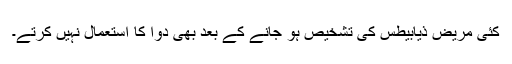
کئی مریض ذیابیطس کی تشخیص ہو جانے کے بعد بھی دوا کا استعمال نہیں‌ کرتے۔